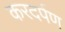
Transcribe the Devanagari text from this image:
करदर्पण